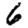
Digit: 6